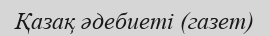
Қазақ әдебиеті (газет)